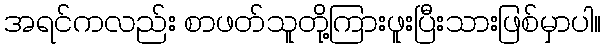
အရင်ကလည်း စာဖတ်သူတို့ကြားဖူးပြီးသားဖြစ်မှာပါ။